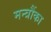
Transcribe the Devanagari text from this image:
मन्त्रौंका